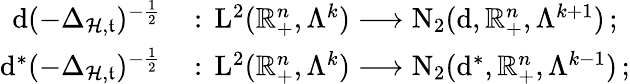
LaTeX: \begin{array}{rl}{\mathrm{d}(-\Delta_{\mathcal{H},\mathfrak{t}})^{-\frac{1}{2}}\, }&{:\, \mathrm{L}^{2}(\mathbb{R}_{+}^{n},\Lambda^{k})\longrightarrow\mathrm{N}_{2}(\mathrm{d},\mathbb{R}_{+}^{n},\Lambda^{k+1})\, ;}\\ {\mathrm{d}^{\ast}(-\Delta_{\mathcal{H},\mathfrak{t}})^{-\frac{1}{2}}\, }&{:\, \mathrm{L}^{2}(\mathbb{R}_{+}^{n},\Lambda^{k})\longrightarrow\mathrm{N}_{2}(\mathrm{d}^{\ast},\mathbb{R}_{+}^{n},\Lambda^{k-1})\, ;}\end{array}